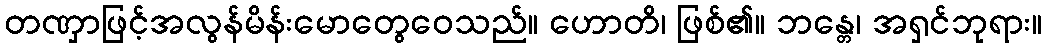
တဏှာဖြင့်အလွန်မိန်းမောတွေဝေသည်။ ဟောတိ၊ ဖြစ်၏။ ဘန္တေ၊ အရှင်ဘုရား။